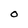
Character: O